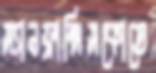
স্যানফ্রান্সিসকোতে